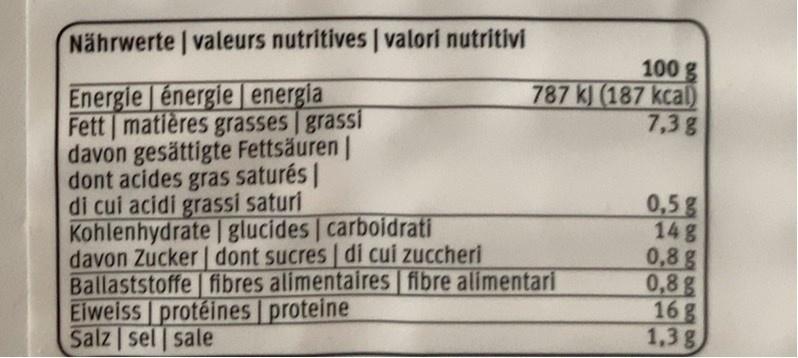
Nährwerte valeurs nutritives | valori nutritivi
100 g 787 kJ (187 kcal) 7,3g
Energie énergie energia Fett matières grasses grassi davon gesättigte Fettsäuren | dont acides gras saturés| di cui acidi grassi saturi Kohlenhydrate glucides carboidrati davon Zucker | dont sucres di cui zuccheri Ballaststoffe fibres alimentaires fibre alimentari Eiweiss protéines proteine Salz sel sale
0,5g 14g 0,8g 0,8g 16g 1,3g